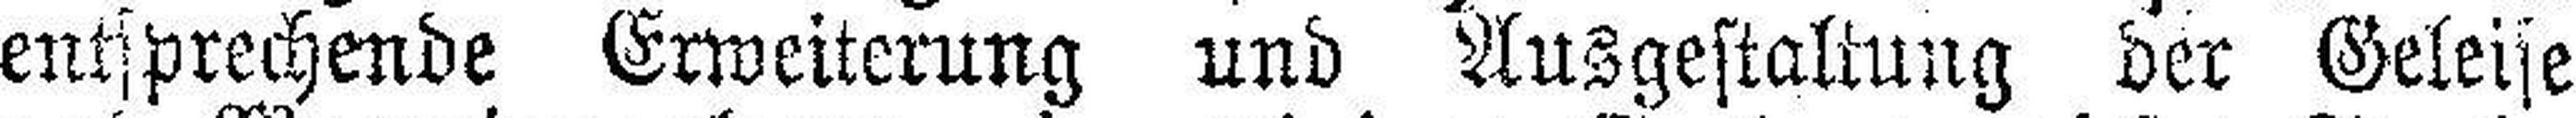
entsprechende Erweiterung und Ausgestaltung der Geleise